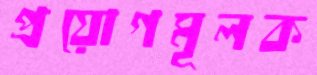
প্রয়োগমূলক